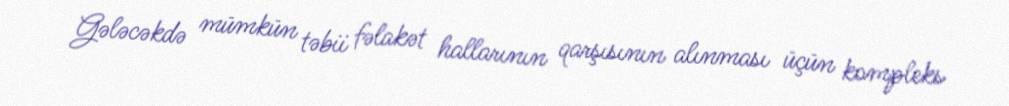
Gələcəkdə mümkün təbii fəlakət hallarının qarşısının alınması üçün kompleks